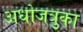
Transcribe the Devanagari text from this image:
अधोजत्रुका